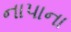
નાપાના